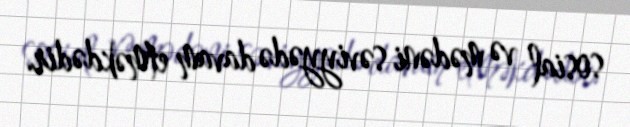
sosial və mədəni səviyyədə davam etməkdədir.